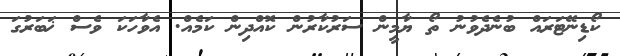
ކޯޑިނޭޓަރައް ބުނެދެވުނު ތޯ ޔާމީން ސަރުކާރުން ކޮއްދިން ކަމެއް. އެވާހަކަ ވެސް ޚަބަރުގަ